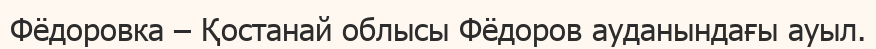
Фёдоровка – Қостанай облысы Фёдоров ауданындағы ауыл.